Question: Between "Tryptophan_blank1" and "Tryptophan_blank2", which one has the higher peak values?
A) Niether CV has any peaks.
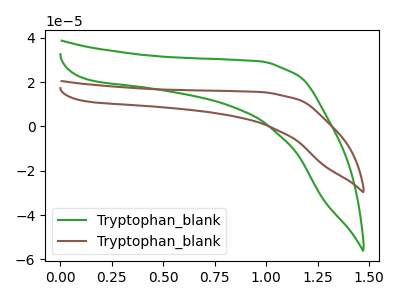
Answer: <think>The green curve "Tryptophan_blank1" has no peaks. The brown curve "Tryptophan_blank2" has no peaks.</think>
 <answer>A) Niether CV has any peaks.</answer>
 <eval>A</eval>